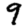
Digit: 9